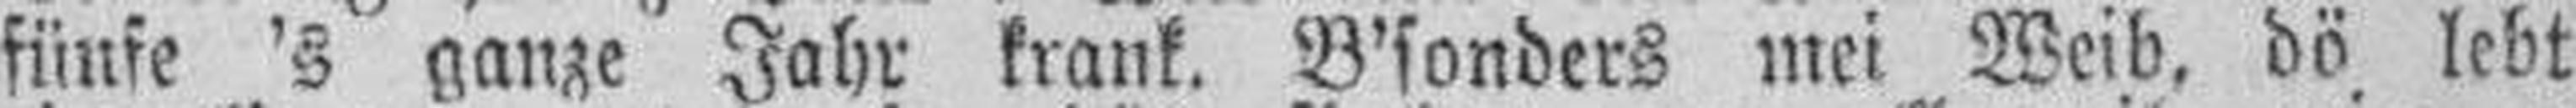
fünfe 's ganze Jahr krank. B'sonders mei Weib, dö lebt